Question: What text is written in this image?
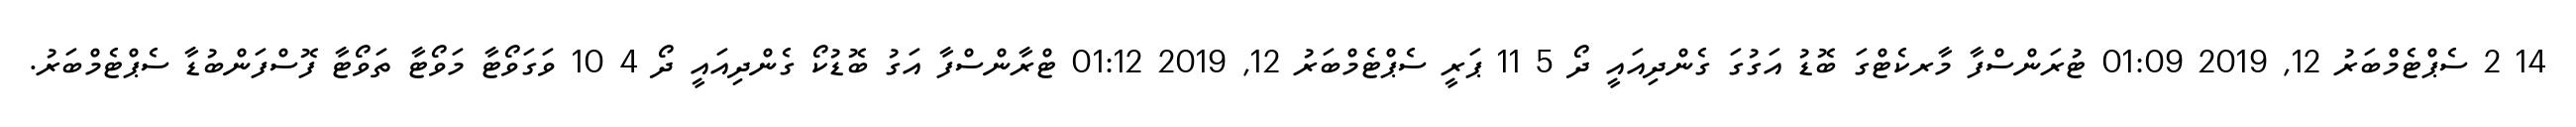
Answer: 14 2 ސެޕްޓެމްބަރު 12, 2019 01:09 ޓުރަންސްފާ މާރކެޓްގަ ބޮޑު އަގުގަ ގެންދިއައީ ދޯ 5 11 ޕަރީ ސެޕްޓެމްބަރު 12, 2019 01:12 ޓްރާންސްފާ އަގު ބޮޑުކޯ ގެންދިއައީ ދޯ 4 10 ވަގަވޯޓާ މަވޯޓާ ތަވޯޓާ ފޮސްފަންބުޑާ ސެޕްޓެމްބަރު.